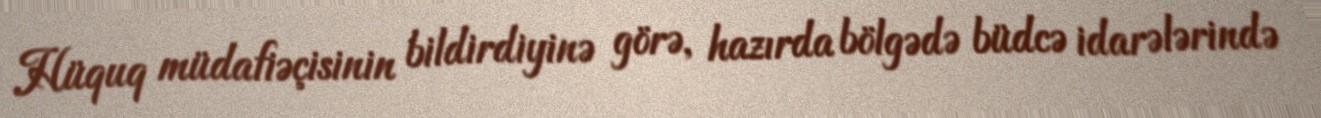
Hüquq müdafiəçisinin bildirdiyinə görə, hazırda bölgədə büdcə idarələrində